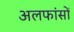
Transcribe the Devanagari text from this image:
अलफांसों